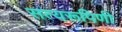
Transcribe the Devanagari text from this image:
सत्यरूपिणी